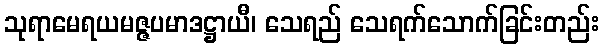
သုရာမေရယမဇ္ဇပမာဒဋ္ဌာယီ၊ သေရည် သေရက်သောက်ခြင်းတည်း